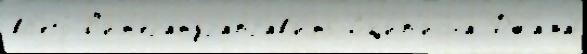
вс'его́ Л'ит'ератураправ'ить Сцип'иона Джама